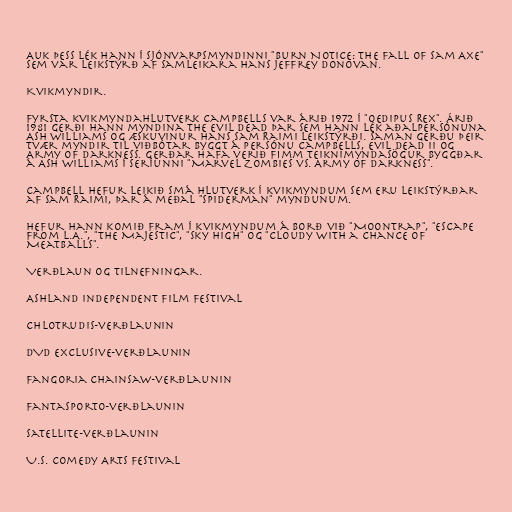
Auk þess lék hann í sjónvarpsmyndinni "Burn Notice: The Fall of Sam Axe"
sem var leikstýrð af samleikara hans Jeffrey Donovan.

Kvikmyndir.

Fyrsta kvikmyndahlutverk Campbells var árið 1972 í "Oedipus Rex". Árið
1981 gerði hann myndina The Evil Dead þar sem hann lék aðalpersónuna
Ash Williams og æskuvinur hans Sam Raimi leikstýrði. Saman gerðu þeir
tvær myndir til viðbótar byggt á persónu Campbells, Evil Dead II og
Army of Darkness. Gerðar hafa verið fimm teiknimyndasögur byggðar
á Ash Williams í seríunni "Marvel Zombies vs. Army of Darkness".

Campbell hefur leikið smá hlutverk í kvikmyndum sem eru leikstýrðar
af Sam Raimi, þar á meðal "Spiderman" myndunum.

Hefur hann komið fram í kvikmyndum á borð við "Moontrap", "Escape
from L.A.", "The Majestic", "Sky High" og "Cloudy with a Chance of
Meatballs".

Verðlaun og tilnefningar.

Ashland Independent Film Festival

Chlotrudis-verðlaunin

DVD Exclusive-verðlaunin

Fangoria Chainsaw-verðlaunin

Fantasporto-verðlaunin

Satellite-verðlaunin

U.S. Comedy Arts Festival